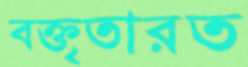
বক্তৃতারত